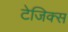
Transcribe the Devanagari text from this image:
टेजिक्स